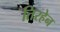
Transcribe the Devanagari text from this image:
तिरहेन